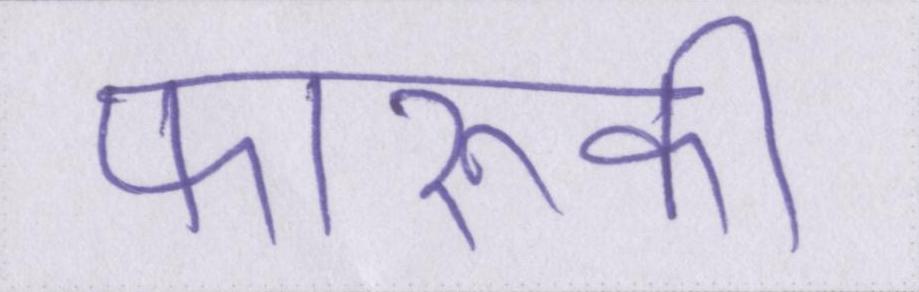
फारूकी